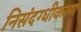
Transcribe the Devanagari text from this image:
निसंदग्धीकरण